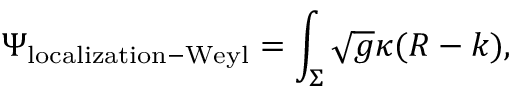
\Psi _ { \mathrm { l o c a l i z a t i o n - W e y l } } = \int _ { \Sigma } \sqrt { g } \kappa ( R - k ) ,